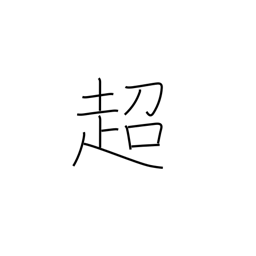
Meaning: transcend